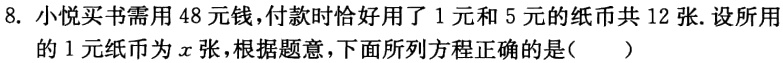
8. 小悦买书需用48元钱，付款时恰好用了1元和5元的纸币共12张. 设所用的1元纸币为\(x\)张，根据题意，下面所列方程正确的是(  )